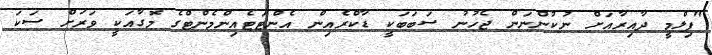
"ފިލްމީ ދާއިރާއަށް ނުކުންނަން ޖެހުނު ސަބަބަކީ ޑާކްރެއިން އެންޓަޓެއިންމެންޓްގެ މޮގާއަކީ ވަރަށް ސަކަ